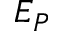
E _ { P }